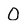
Character: 0